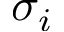
\sigma _ { i }